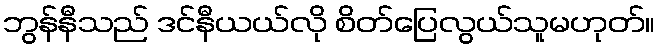
ဘွန်နီသည် ဒင်နီယယ်လို စိတ်ပြေလွယ်သူမဟုတ်။